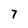
Character: 7